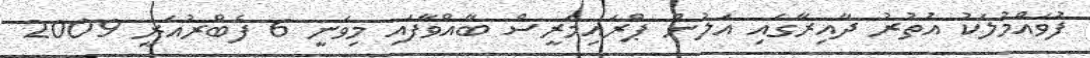
ފުވައްމުލަކު އުތުރު ދާއިރާގައި އަލުން ޕްރައިމަރީސް ބާއްވާފައި މިވަނީ 6 ފެބްރުއަރީ 2009